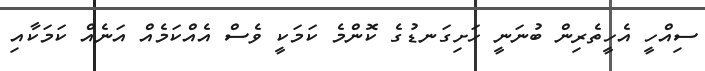
ސިއްހީ އެހީތެރިން ބުނަނީ ހަށިގަނޑުގެ ކޮންމެ ކަމަކީ ވެސް އެއްކަމެއް އަނެއް ކަމަކާއި